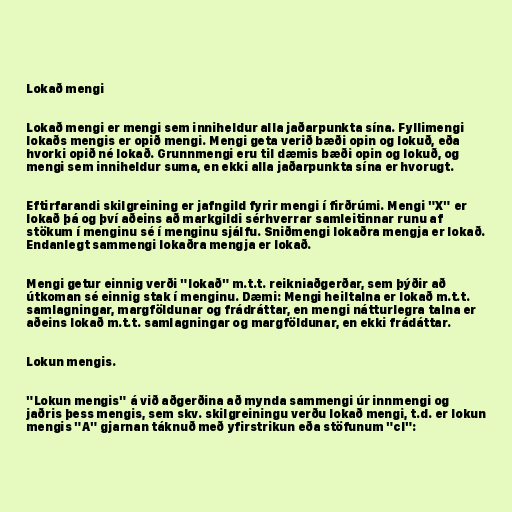
Lokað mengi

Lokað mengi er mengi sem inniheldur alla jaðarpunkta sína. Fyllimengi
lokaðs mengis er opið mengi. Mengi geta verið bæði opin og lokuð, eða
hvorki opið né lokað. Grunnmengi eru til dæmis bæði opin og lokuð, og
mengi sem inniheldur suma, en ekki alla jaðarpunkta sína er hvorugt.

Eftirfarandi skilgreining er jafngild fyrir mengi í firðrúmi. Mengi "X" er
lokað þá og því aðeins að markgildi sérhverrar samleitinnar runu af
stökum í menginu sé í menginu sjálfu. Sniðmengi lokaðra mengja er lokað.
Endanlegt sammengi lokaðra mengja er lokað.

Mengi getur einnig verði "lokað" m.t.t. reikniaðgerðar, sem þýðir að
útkoman sé einnig stak í menginu. Dæmi: Mengi heiltalna er lokað m.t.t.
samlagningar, margföldunar og frádráttar, en mengi nátturlegra talna er
aðeins lokað m.t.t. samlagningar og margföldunar, en ekki frádáttar.

Lokun mengis.

"Lokun mengis" á við aðgerðina að mynda sammengi úr innmengi og
jaðris þess mengis, sem skv. skilgreiningu verðu lokað mengi, t.d. er lokun
mengis "A" gjarnan táknuð með yfirstrikun eða stöfunum "cl":